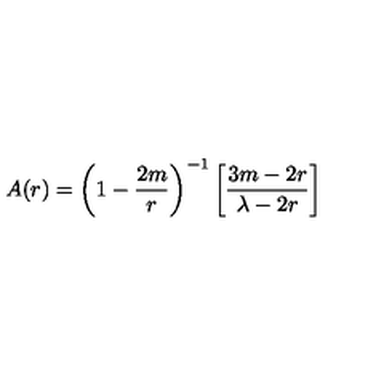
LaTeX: A ( r ) = \left( 1 - \frac { 2 m } { r } \right) ^ { - 1 } \left[ \frac { 3 m - 2 r } { \lambda - 2 r } \right]